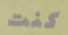
كنت